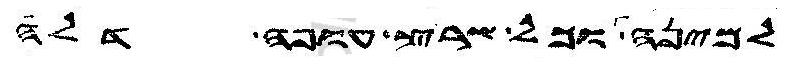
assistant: למינה וכל שרץ עופה דלה